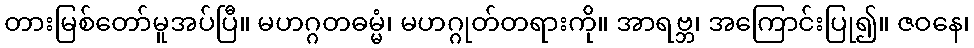
တားမြစ်တော်မူအပ်ပြီ။ မဟဂ္ဂတဓမ္မံ၊ မဟဂ္ဂုတ်တရားကို။ အာရဗ္ဘ၊ အကြောင်းပြု၍။ ဇဝနေ၊